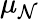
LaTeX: \mu_{\mathcal{N}}